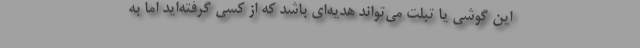
این گوشی یا تبلت می‌تواند هدیه‌ای باشد که از کسی گرفته‌اید اما به